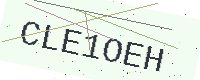
Text: CLE1OEH